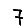
Digit: 7